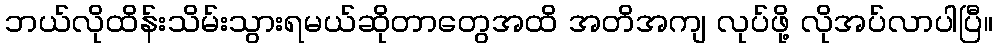
ဘယ်လိုထိန်းသိမ်းသွားရမယ်ဆိုတာတွေအထိ အတိအကျ လုပ်ဖို့ လိုအပ်လာပါပြီ။